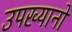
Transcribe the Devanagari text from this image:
उपख्यानों